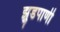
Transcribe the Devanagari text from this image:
झुडपाणी